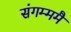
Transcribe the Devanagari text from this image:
संगम्ममै